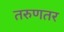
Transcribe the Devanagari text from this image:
तरुणतर